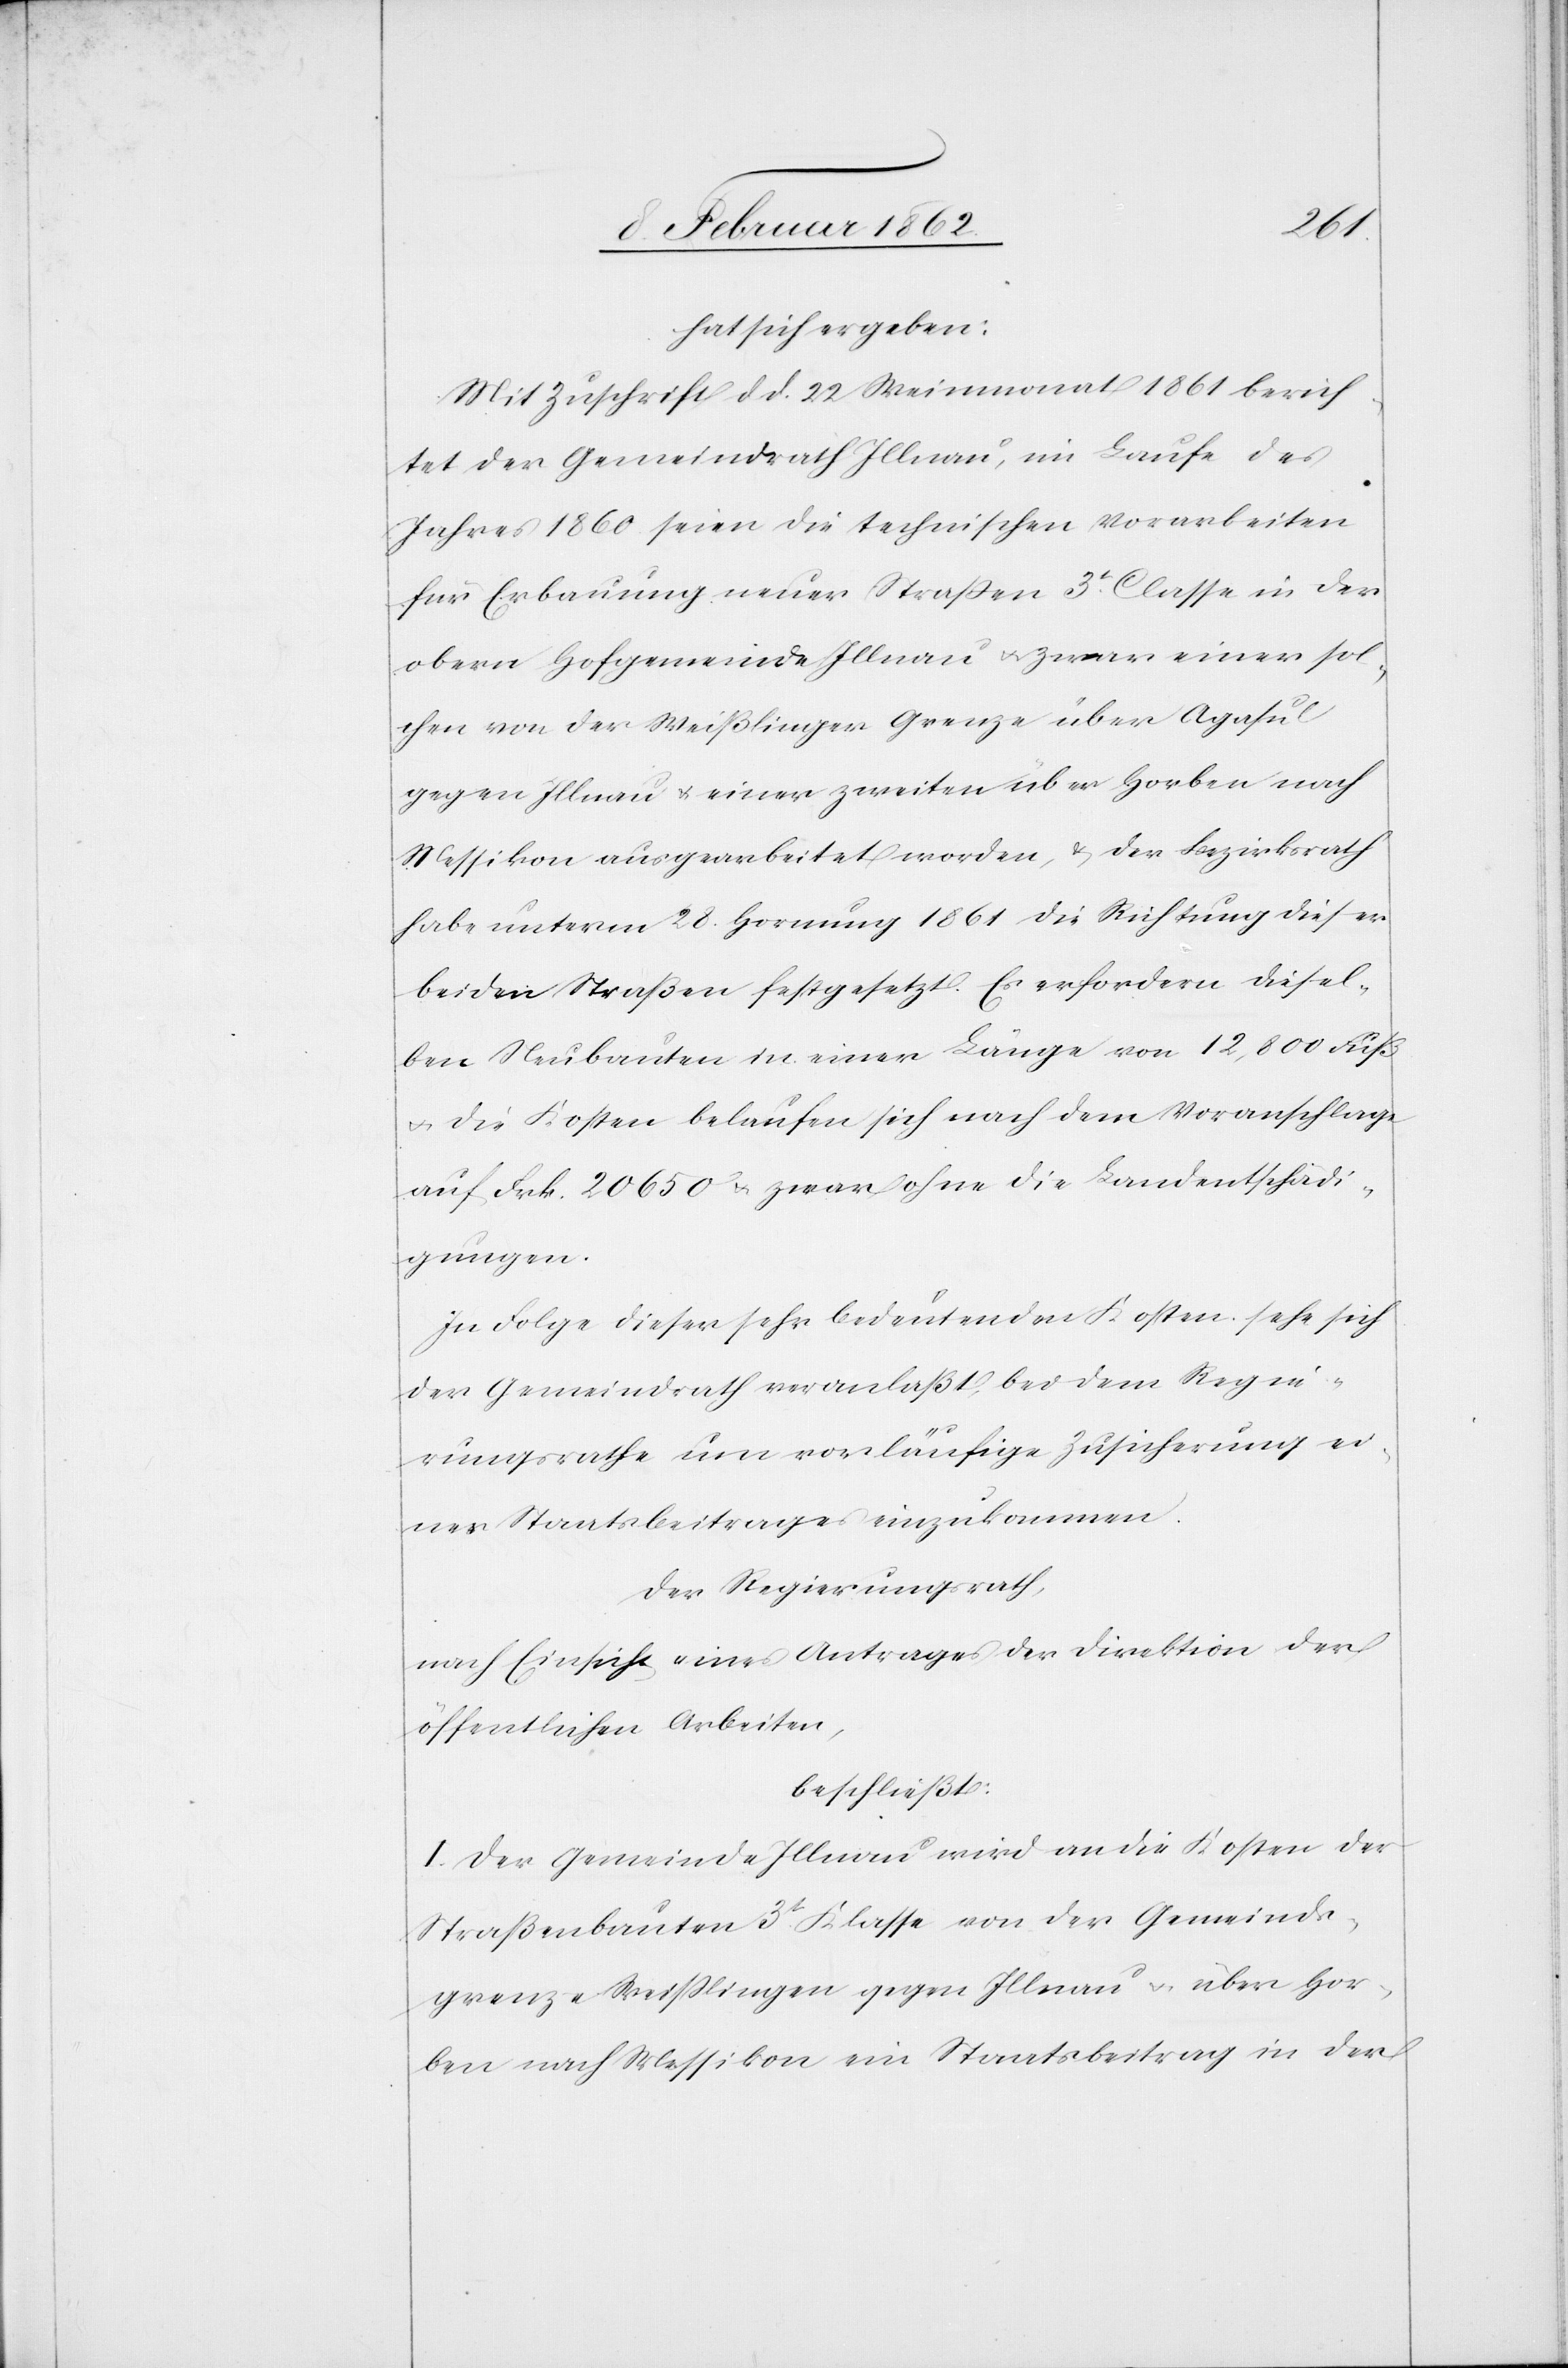
hat sich ergeben:
Mit Zuschrift d. d. 22 Weinmonat 1861 berich¬
tet der Gemeindrath Illnau, im Laufe des
Jahres 1860 seien die technischen Vorarbeiten
für Erbauung neuer Straßen 3t. Classe in der
obern Hofgemeinde Illnau u. zwar einer sol¬
chen von der Weißlinger Grenze über Agasul
gegen Illnau u. einer zweiten über Horben nach
Messikon ausgearbeitet worden, & der Bezirksrath
habe unterm 28. Hornung 1861 die Richtung dieser
beiden Straßen festgesetzt. Es erfordern diesel¬
ben Neubauten in einer Länge von 12,800 Fuß
u. die Kosten belaufen sich nach dem Voranschlage
auf Frk. 20 650 u. zwar ohne die Landentschädi¬
gungen.
In Folge dieser sehr bedeutenden Kosten sehe sich
der Gemeindrath veranlaßt, bei dem Regie¬
rungsrathe um vorläufige Zusicherung ei¬
nes Staatsbeitrages einzukommen.
Der Regierungsrath,
nach Einsicht eines Antrages der Direktion der
öffentlichen Arbeiten,
beschließt:
I. Der Gemeinde Illnau wird an die Kosten der
Straßenbauten 3t. Klasse von der Gemeinde¬
grenze Weißlingen gegen Illnau u. über Hor¬
ben nach Messikon ein Staatsbeitrag in der